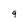
Character: g